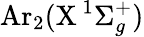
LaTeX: \mathrm{Ar}_{2}(\mathrm{X}\, ^{1}\Sigma_{g}^{+})